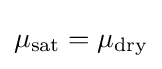
\mu _{\mathrm {sat} }=\mu _{\mathrm {dry} }